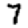
Digit: 7